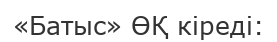
«Батыс» ӨҚ кіреді: